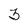
Character: 3